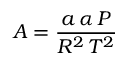
A = { \frac { a \, \alpha \, P } { R ^ { 2 } \, T ^ { 2 } } }